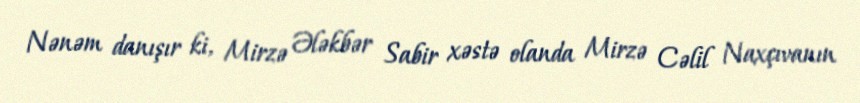
Nənəm danışır ki, Mirzə Ələkbər Sabir xəstə olanda Mirzə Cəlil Naxçıvanın